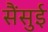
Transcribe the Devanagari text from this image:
सैंसुई